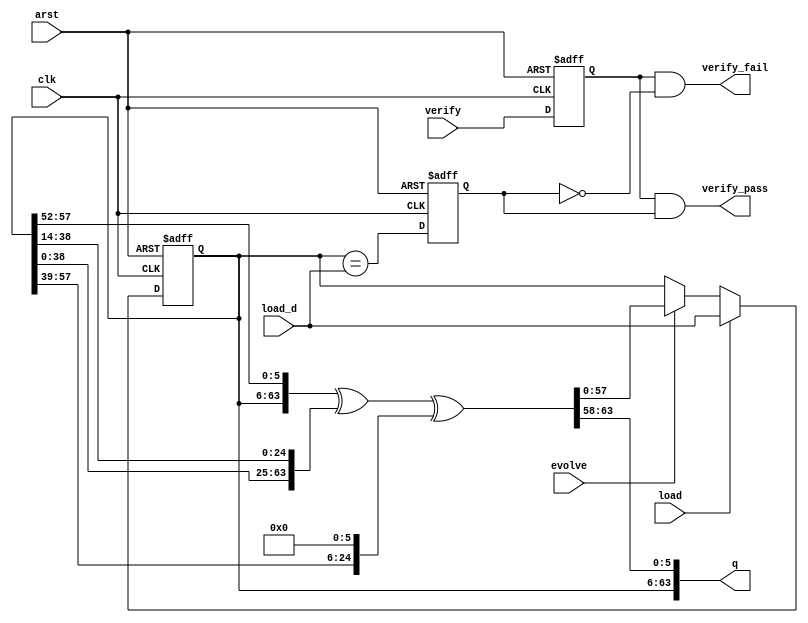
// Copyright 2011 Altera Corporation. All rights reserved.  
// Altera products are protected under numerous U.S. and foreign patents, 
// maskwork rights, copyrights and other intellectual property laws.  
//
// This reference design file, and your use thereof, is subject to and governed
// by the terms and conditions of the applicable Altera Reference Design 
// License Agreement (either as signed by you or found at www.altera.com).  By
// using this reference design file, you indicate your acceptance of such terms
// and conditions between you and Altera Corporation.  In the event that you do
// not agree with such terms and conditions, you may not use the reference 
// design file and please promptly destroy any copies you have made.
//
// This reference design file is being provided on an "as-is" basis and as an 
// accommodation and therefore all warranties, representations or guarantees of 
// any kind (whether express, implied or statutory) including, without 
// limitation, warranties of merchantability, non-infringement, or fitness for
// a particular purpose, are specifically disclaimed.  By making this reference
// design file available, Altera expressly does not recommend, suggest or 
// require that this reference design file be used in combination with any 
// other product not provided by Altera.
/////////////////////////////////////////////////////////////////////////////

`timescale 1 ps / 1 ps

// baeckler - 09-17-2008

// 58 bit loadable LFSR - x^58 + x^39 + 1
// with 64 bit output for use as a scrambler

module scrambler_lfsr (
	input clk, arst,
	input verify,		
	input load,
	input [57:0] load_d,
	input evolve,
	output [63:0] q,
	output verify_fail,
	output verify_pass		   
);

// the RESET_VAL must be non-zero and 
// for noise should be unique per TX lane
parameter RESET_VAL = 58'h1234567_89abcdef;

reg [57:0] lfsr;
wire [63:0] next;

assign q = {lfsr[57:0], next[63:58]};

// This is from the Interlaken scrambler sample
// Verilog, regrouped to words.
assign next = {lfsr,lfsr[57:52]} ^ 
			{lfsr[38:0],lfsr[38:14]} ^ 
			{39'b0,lfsr[57:39],6'b0};
  
always @(posedge clk or posedge arst) begin
	if(arst) begin
		lfsr <= RESET_VAL; 
	end else begin
		if (load) lfsr <= load_d;
		else if (evolve) lfsr <= next[57:0];
	end
end	

reg last_verify, match;
always @(posedge clk or posedge arst) begin
	if(arst) begin
		last_verify <= 1'b0;
		match <= 1'b0; 
	end
	else begin
		last_verify <= verify;
		match <= (lfsr == load_d);
	end
end

assign verify_fail = last_verify & !match;
assign verify_pass = last_verify & match;

endmodule